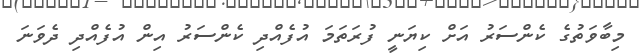
މިބާވަތުގެ ކެންސަރު އަށް ކިޔަނީ ފުރަތަމަ އުފެއްދި ކެންސަރު އިން އުފެއްދި ދެވަނަ